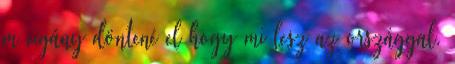
m cigány döntené el hogy mi lesz az országgal.